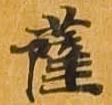
薩